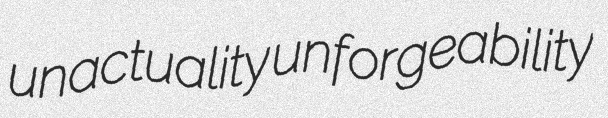
unactuality unforgeability